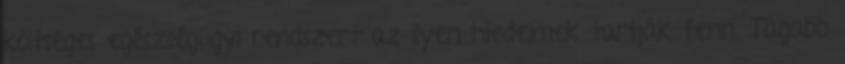
költséges egészségügyi rendszert az ilyen hiedelmek tartják fenn. Tágabb